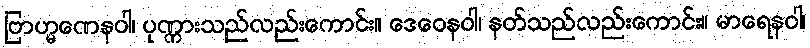
ဗြာဟ္မဏေနဝါ၊ ပုဏ္ဏားသည်လည်းကောင်း။ ဒေဝေနဝါ၊ နတ်သည်လည်းကောင်း။ မာရေနဝါ၊